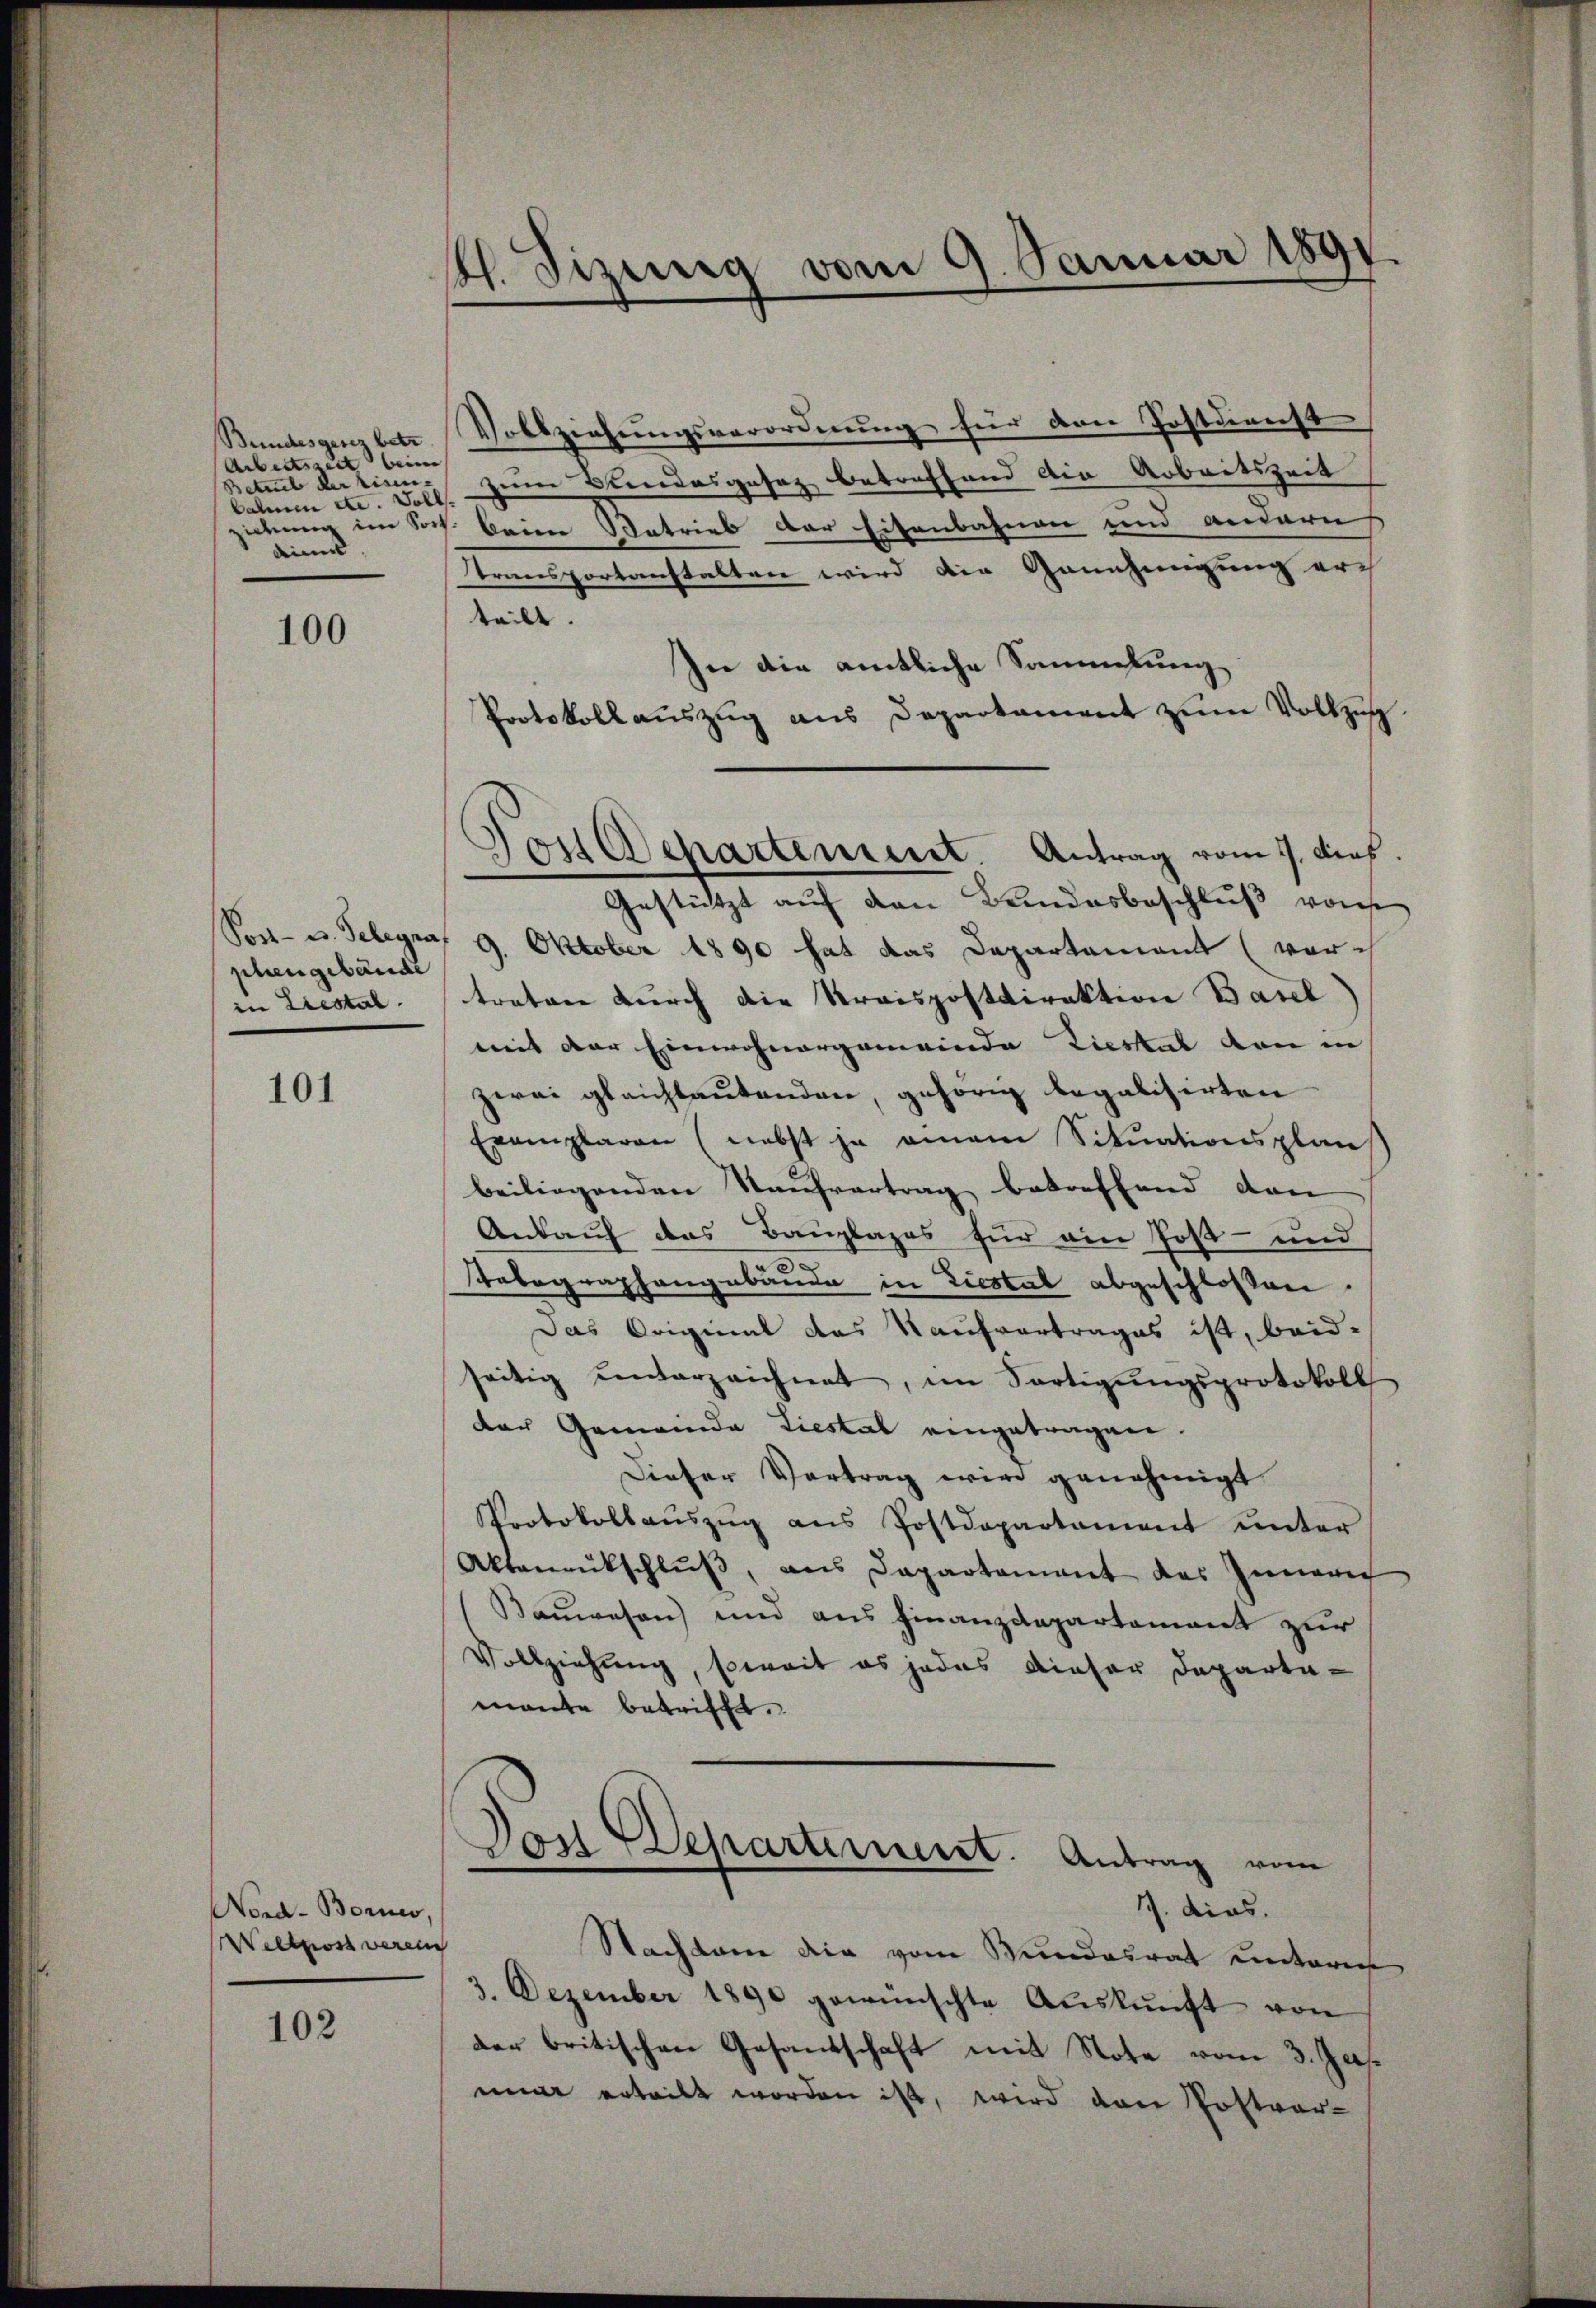
Bundesgesez betr.
Arbeitszeit beim
bahnen etc. Soll
dinn

100

phengebäude
in Liestal.

101

Nord- Bornes,
Wellpost verein

102

41. Sizung vom 9. Januar 1891.

Vollziehŭngsverordnung für den Postdericht
Beteil der Eisen zum Blindesgesag betreffend die Arbeitszeit
ichung im Soch. beim Betrieb der Eisenbahnen und andern
transportanstalten wird die Ganzengung arch
teilt.
In die amtliche Sammlung
Protokollauszug aus Departament zum Vollzug
Gestützt auf den Bundesbeschluß von
Son- u. Telegra, 9. Oktober 1890 hat das Departement (vor
tretene durch die Kraispostdirektion Basel
mit der Einwohnergemeinde Liestal von in
zwei gleichlautenden, gehörig begabisirten
Exemplaren (nebst ja amam Situationsplan
beiliegenden Kaufvertrag betreffend dan
Ankauf das Bauplazes für ein Post- und
Tabographengebäude in Liestal abgeschlossen.
Das Original das Kaufvertrages ist, beid-
seitig unterzeichnet, im Fertigungsprotokoll
der Gemeinde Liestal eingetragen.
Dieser Vortrag wird genehmigt
Protokollaŭszŭg ans Postdepartament ŭnter
Aktenrütschlŭβ, aus Departement des Innern
(Bauwesen) und aus Finanzdepartement zur
Vollziehung, soweit es jedes dieser Departemante betrifft.
Dos Departement. Antrag vom
17. dies.
Nachkam die vom Bundesrat unteres
3. Dezember 1890 gewünschte Aŭskŭnft von
der britischen Gesandschaft mit Note vom 3. Jus
mine erteilt worden ist, wird von Postver-

Dos Departement. Antrag vom 1. dies